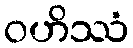
ဝဟိဿံ